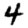
Digit: 4